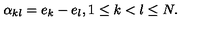
\alpha _ { k l } = e _ { k } - e _ { l } , 1 \le k < l \le N .